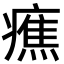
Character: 癄